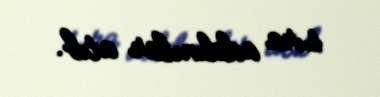
sıra addımlar atıb.